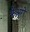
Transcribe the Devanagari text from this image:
फेअरों